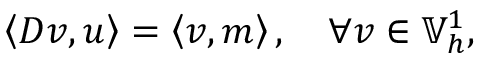
\left\langle D v , u \right\rangle = \left\langle v , m \right\rangle , \quad \forall v \in \mathbb { V } _ { h } ^ { 1 } ,